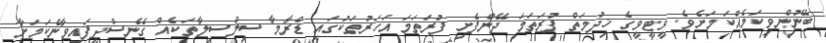
ބޭނުންވިކަމެއްކަމަށެވެ. ވީޓީވީގެ ޚިދުމަތް ފުރަަތަމަ ދޭންފެށި ފުރަތަމަ އަހަރުތަކުގައި ޑްރާމާ ސިލްސިލާތަކެއް ގެނެސްދީފައިވާނެކަމަށާ